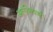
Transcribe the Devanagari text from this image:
अलविलाजूरी